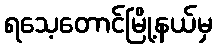
ရသေ့တောင်မြို့နယ်မှ